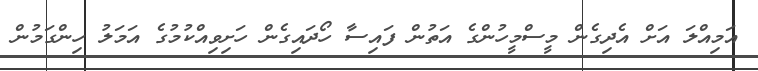
އަމިއްލަ އަށް އެދިގެން މީސްމީހުންގެ އަތުން ފައިސާ ހޯދައިގެން ހަށިވިއްކުމުގެ އަމަލު ހިންގަމުން